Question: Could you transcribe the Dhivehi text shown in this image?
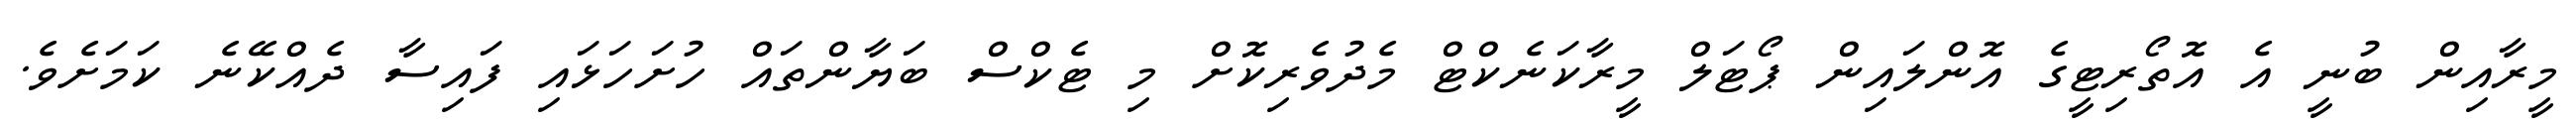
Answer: މީރާއިން ބުނީ އެ އޮތޯރިޓީގެ އޮންލައިން ޕޯޓަލް މީރާކަނެކްޓް މެދުވެރިކޮށް މި ޓެކްސް ބަޔާންތައް ހުށަހަޅައި ފައިސާ ދެއްކޭނެ ކަމަށެވެ.